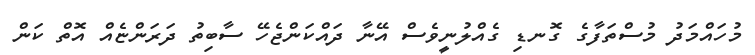
މުހައްމަދު މުސްތަފާގެ ގޮނޑި ގެއްލުނީވެސް އޭނާ ދައްކަންޖެހޭ ސާބިތު ދަރަންޏެއް އޮތް ކަން